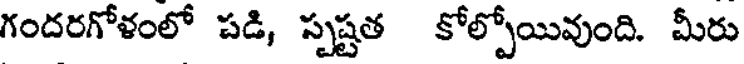
గందరగోళంలో పడి, స్పష్టత కోల్పోయివుంది. మీరు